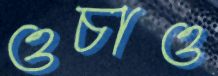
ওচাও